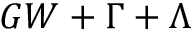
G W + { \Gamma } + { \Lambda }